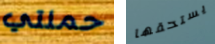
حملتي يستحقها